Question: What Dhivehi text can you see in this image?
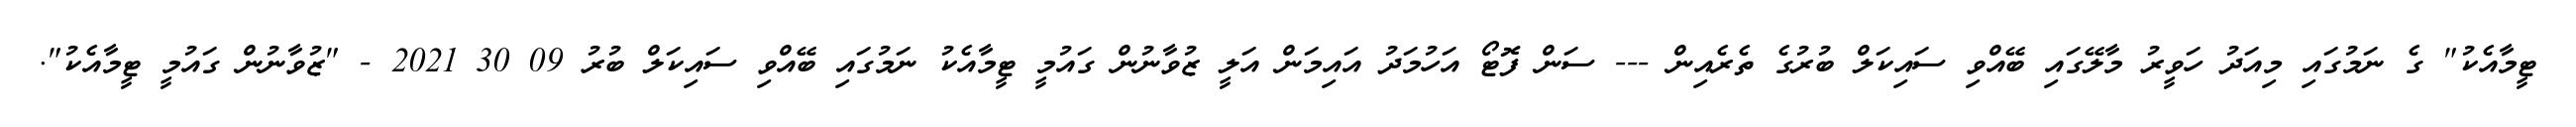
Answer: ޓީމާއެކު" ގެ ނަމުގައި މިއަދު ހަވީރު މާލޭގައި ބޭއްވި ސައިކަލް ބުރުގެ ތެރެއިން --- ސަން ފޮޓޯ އަހުމަދު އައިމަން އަލީ ޒުވާނުން ގައުމީ ޓީމާއެކު ނަމުގައި ބޭއްވި ސައިކަލް ބުރު 09 30 2021 - "ޒުވާނުން ގައުމީ ޓީމާއެކު".